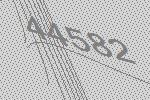
44582